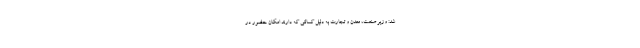
شد: وزیر صنعت، معدن و تجارت به دلیل کسالتی که دارند امکان حضور در